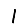
Digit: 1